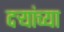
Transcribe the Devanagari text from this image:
दऱ्यांच्या